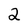
Character: 2